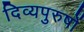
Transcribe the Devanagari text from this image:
दिव्यपुरुषों